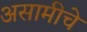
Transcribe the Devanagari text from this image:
असामीचे